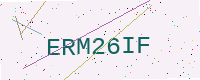
Text: ERM26IF